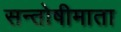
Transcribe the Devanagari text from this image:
सन्तोषीमाता